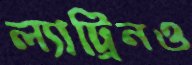
ল্যাট্রিনও